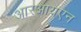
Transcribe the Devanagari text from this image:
आरआयएन